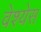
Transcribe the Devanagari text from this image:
वेश्येस